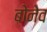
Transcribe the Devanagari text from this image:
बोनेव